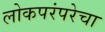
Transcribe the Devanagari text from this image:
लोकपरंपरेचा